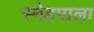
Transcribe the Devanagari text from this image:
स्नेहमाला